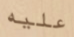
عليه